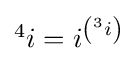
{\textstyle {}^{4}i=i^{\left({}^{3}i\right)}}